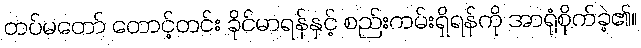
တပ်မတော် တောင့်တင်း ခိုင်မာရန်နှင့် စည်းကမ်းရှိရန်ကို အာရုံစိုက်ခဲ့၏။